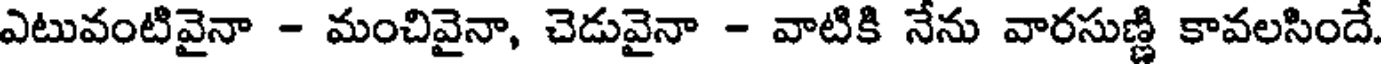
ఎటువంటివైనా - మంచివైనా, చెడువైనా - వాటికి నేను వారసుణ్ణి కావలసిందే